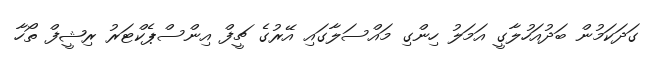
ގަދަކަމުން ބަދުއަހުލާގީ އަމަލު ހިންގި މައްސަލާގައި އޭރުގެ ޗީފް އިންސްޕެކްޓަރު ރިޝީފް ތޯހާ